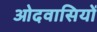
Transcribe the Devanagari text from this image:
ओदवासियों